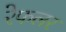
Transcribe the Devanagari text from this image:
रेफलर